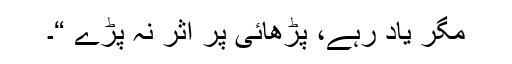
مگر یاد رہے، پڑھائی پر اثر نہ پڑے “۔